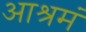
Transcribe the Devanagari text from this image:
आश्रमं